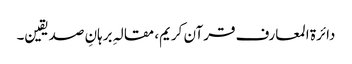
دائرة‌ المعارف قرآن کریم، مقالہِ برہانِ صدیقین۔